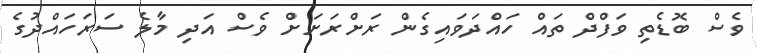
ވެސް ބޮޑެތި ވަފްދް ތައް ހައްދަވައިގެން ރަށްރަށަށް ވެސް އަދި މާލެ ސަރަހައްދުގެ